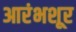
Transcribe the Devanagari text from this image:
आरंभशूर